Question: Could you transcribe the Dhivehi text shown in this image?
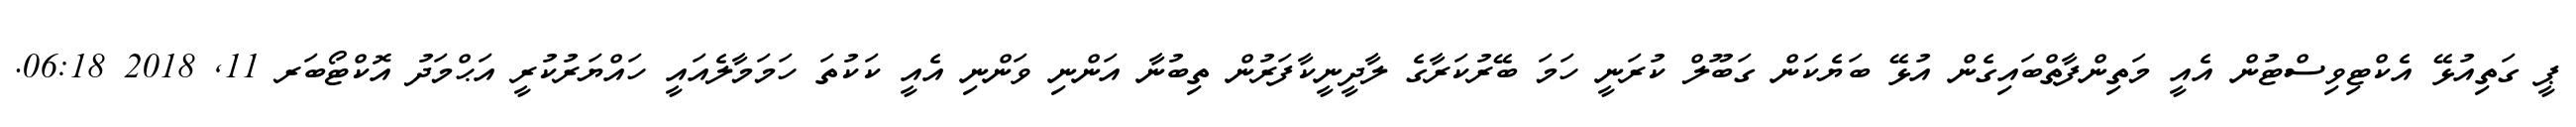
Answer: ޕީ ގަތިއުޅޭ އެކްޓިވިސްޓުން އެއީ މަތިންފާތްބައިގެން އުޅޭ ބަޔެކަން ގަބޫލް ކުރަނީ ހަމަ ބޭރުކަރާގެ ލާދީނީކާފަރުން ތިބުނާ އަންނި ވަންނި އެއީ ކަކުތަ ހަމަމާލެއައީ ހައްޔަރުކުރީ އަޙްމަދު އޮކްޓޯބަރ 11, 2018 06:18.